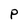
Character: P